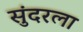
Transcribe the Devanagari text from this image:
सुंदरला